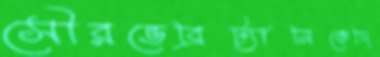
সৌরভেব্রিট্যানিকেদি